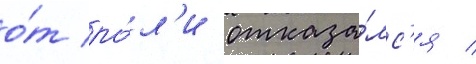
о́т ро́л'и отказа́лс'я /